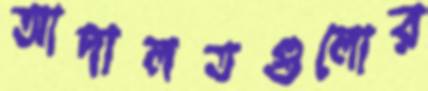
আদালতগুলোর